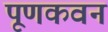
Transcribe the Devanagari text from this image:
पूणकवन